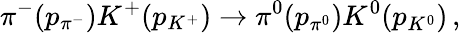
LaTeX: \pi^{-}(p_{\pi^{-}})K^{+}(p_{K^{+}})\to\pi^{0}(p_{\pi^{0}})K^{0}(p_{K^{0}})\, ,